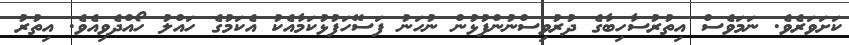
ކަށަވަރެވެ. ނަމަވެސް އިތުރުސާހިބާގެ ދުރުވިސްނުންފުޅުން ނުހަނު ފަސޭހަފުޅުކަމާއެކު އެކަމުގެ ހައްލު ހޯއްދެވިއެވެ. އިތުރު